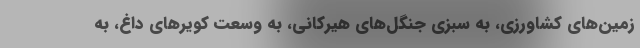
زمین‌های کشاورزی، به سبزی جنگل‌های هیرکانی، به وسعت کویرهای داغ، به